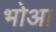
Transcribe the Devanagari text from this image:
भोआ